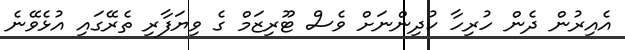
އެއިރުން ދެން ހުރިހާ ކުދިންނަށް ވެސް ޓޫރިޒަމް ގެ ވިޔަފާރި ތެރޭގައި އުޅެވޭނެ